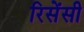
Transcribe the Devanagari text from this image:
रिसेंसी